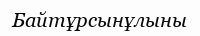
Байтұрсынұлыны